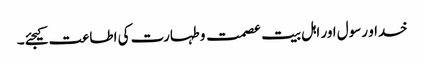
خدا و رسول اور اہل بیت عصمت و طہارت کی اطاعت کیجئے۔